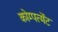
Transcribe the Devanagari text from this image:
कोम्पर्त्मेंट